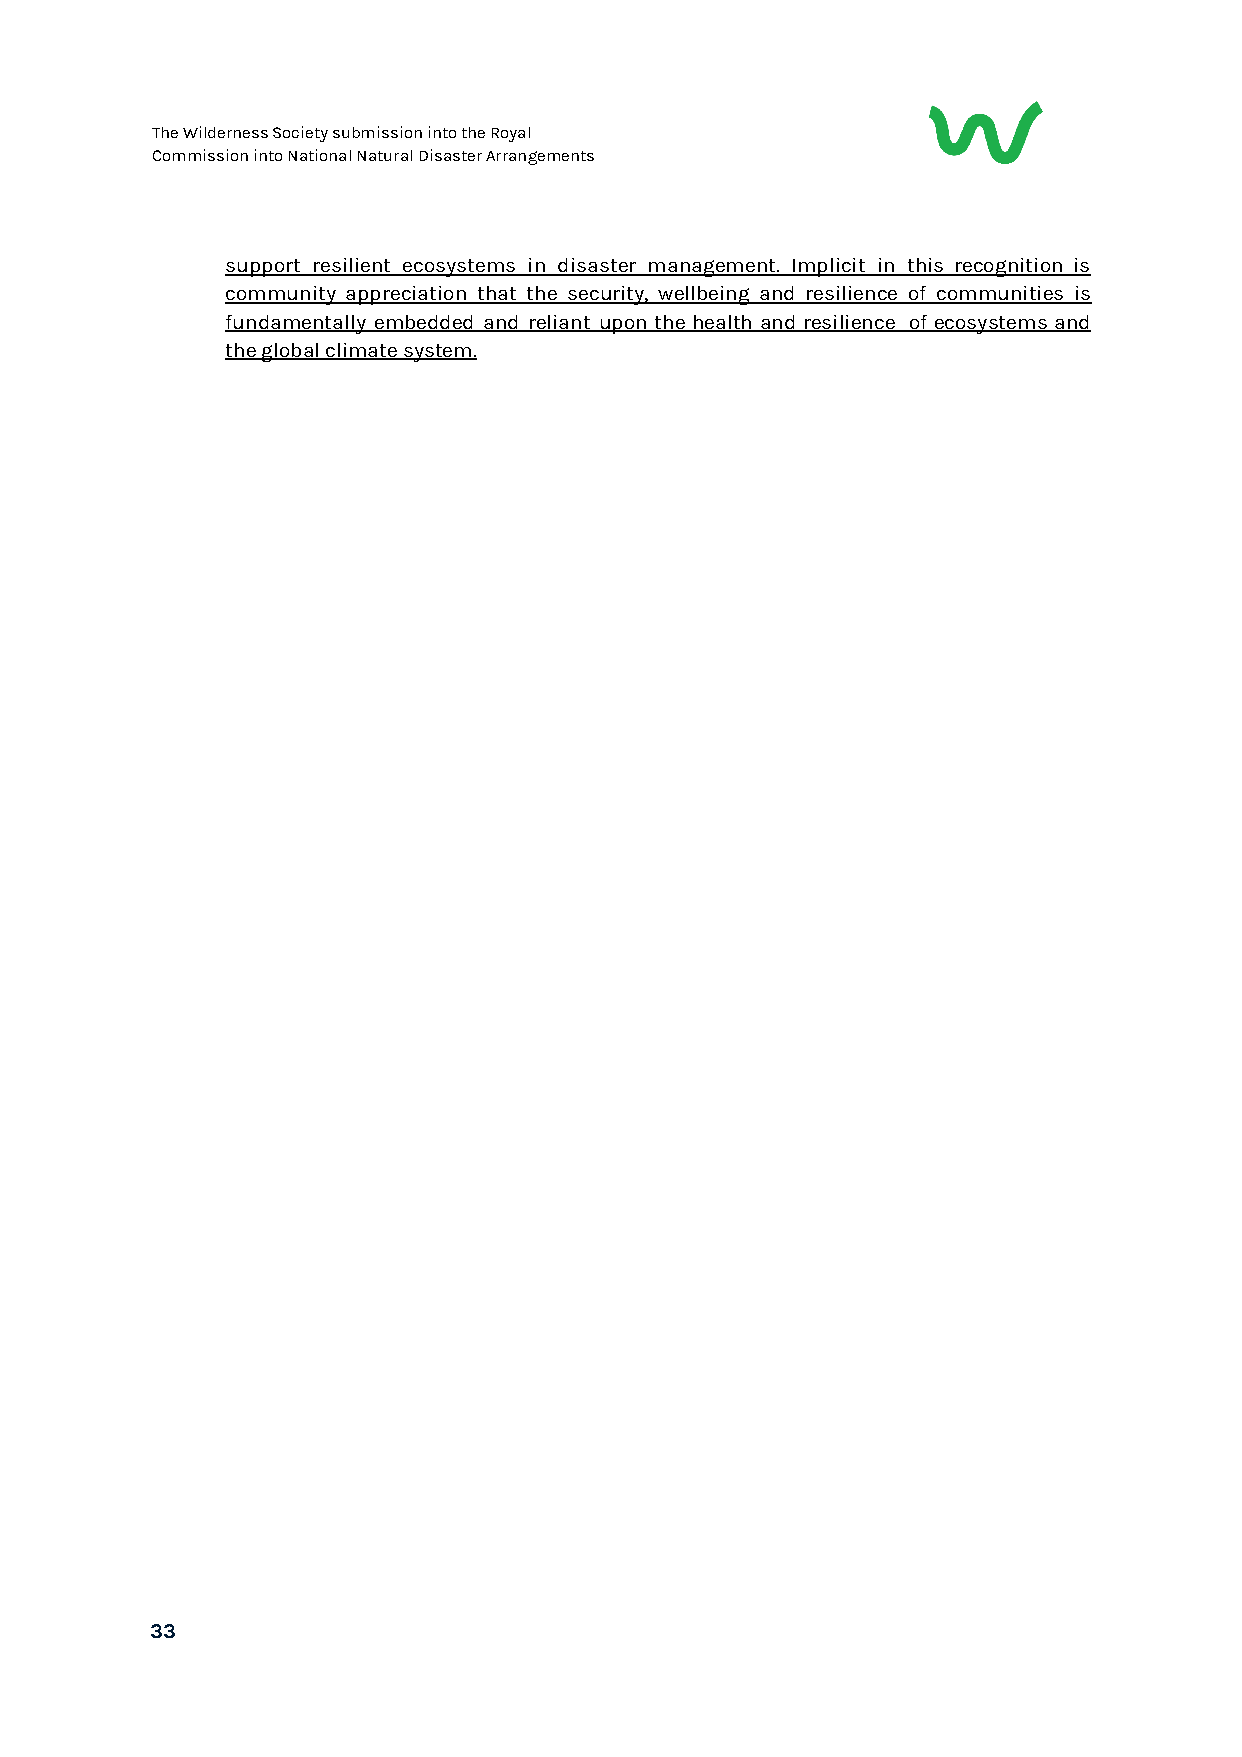
The Wilderness Society submission into the Royal
 Commission into National Natural Disaster Arrangements
 support resilient ecosystems in disaster management. Implicit in this recognition is
 community appreciation that the security, wellbeing and resilience of communities is
 fundamentally embedded and reliant upon the health and resilience of ecosystems and
 the global climate system.
 33